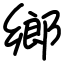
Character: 鄉